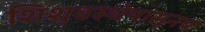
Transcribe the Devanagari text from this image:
शिशुवस्थेपासूनच